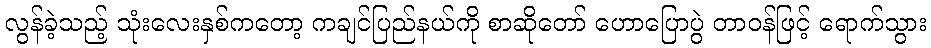
လွန်ခဲ့သည့် သုံးလေးနှစ်ကတော့ ကချင်ပြည်နယ်ကို စာဆိုတော် ဟောပြောပွဲ တာဝန်ဖြင့် ရောက်သွား